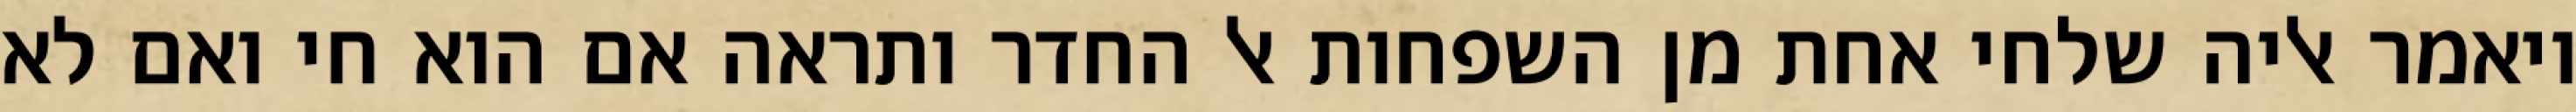
ויאמר אליה שלחי אחת מן השפחות אל החדר ותראה אם הוא חי ואם לא